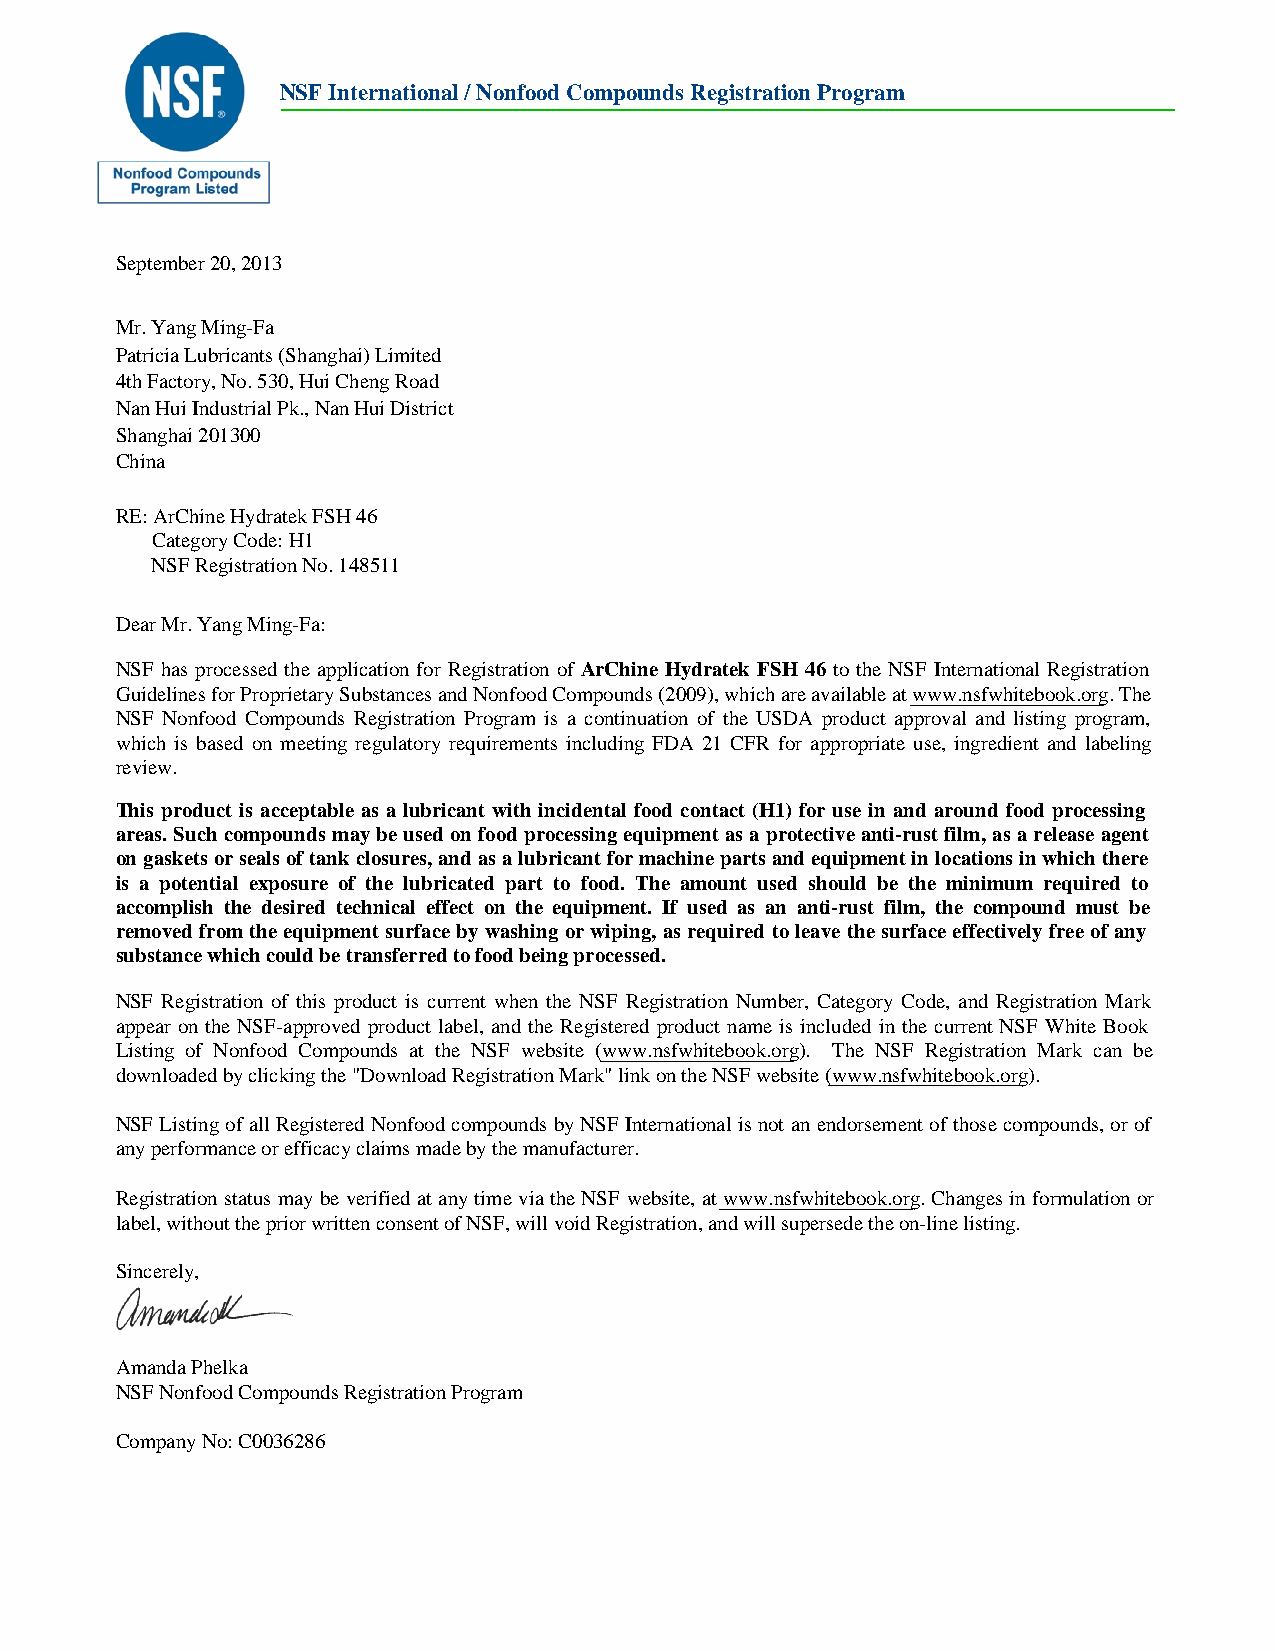
NSF International / Nonfood Compounds Registration Program
 September 20, 2013
 Mr. Yang Ming-Fa
 Patricia Lubricants (Shanghai) Limited
 4th Factory, No. 530, Hui Cheng Road
 Nan Hui Industrial Pk., Nan Hui District
 Shanghai 201300
 China
 RE: ArChine Hydratek FSH 46
 Category Code: H1
 NSF Registration No. 148511
 Dear Mr. Yang Ming-Fa:
 NSF has processed the application for Registration of ArChine Hydratek FSH 46 to the NSF International Registration
 Guidelines for Proprietary Substances and Nonfood Compounds (2009), which are available at www.nsfwhitebook.org. The
 NSF Nonfood Compounds Registration Program is a continuation of the USDA product approval and listing program,
 which is based on meeting regulatory requirements including FDA 21 CFR for appropriate use, ingredient and labeling
 review.
 This product is acceptable as a lubricant with incidental food contact (H1) for use in and around food processing
 areas. Such compounds may be used on food processing equipment as a protective anti-rust film, as a release agent
 on gaskets or seals of tank closures, and as a lubricant for machine parts and equipment in locations in which there
 is a potential exposure of the lubricated part to food. The amount used should be the minimum required to
 accomplish the desired technical effect on the equipment. If used as an anti-rust film, the compound must be
 removed from the equipment surface by washing or wiping, as required to leave the surface effectively free of any
 substance which could be transferred to food being processed.
 NSF Registration of this product is current when the NSF Registration Number, Category Code, and Registration Mark
 appear on the NSF-approved product label, and the Registered product name is included in the current NSF White Book
 Listing of Nonfood Compounds at the NSF website (www.nsfwhitebook.org). The NSF Registration Mark can be
 downloaded by clicking the "Download Registration Mark" link on the NSF website (www.nsfwhitebook.org).
 NSF Listing of all Registered Nonfood compounds by NSF International is not an endorsement of those compounds, or of
 any performance or efficacy claims made by the manufacturer.
 Registration status may be verified at any time via the NSF website, at www.nsfwhitebook.org. Changes in formulation or
 label, without the prior written consent of NSF, will void Registration, and will supersede the on-line listing.
 Sincerely,
 Amanda Phelka
 NSF Nonfood Compounds Registration Program
 Company No: C0036286